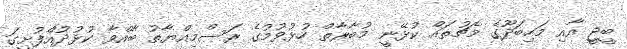
ބީޖީ އާއި މަހިބަދޫގެ މެޗުތައް ކުޅޭނީ މުބާރާތް ހުޅުވުމުގެ ރަސްމިއްޔާތު ބާއްވާ ކުޅުދުއްފުށީގަ